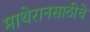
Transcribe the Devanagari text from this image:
माथेरानसाठीचे